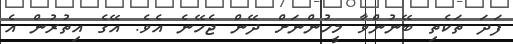
ފަދަ ތަކެތި ބޭނުންވާ މީހުންނަށް ދޭން ޖެހޭނެ އެވެ. އޭގެ އިތުރުން އެ